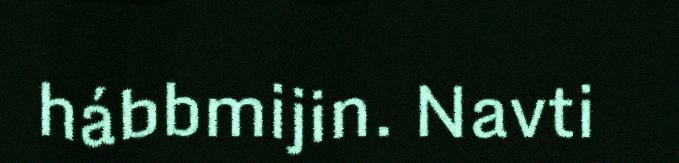
hábbmijin. Navti